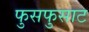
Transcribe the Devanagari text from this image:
फुसफुसाट